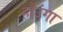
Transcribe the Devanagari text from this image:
होउंगा